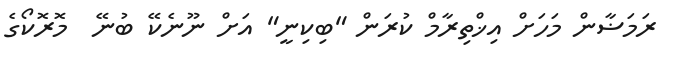
ރަމަޟާން މަހަށް އިޚްތިރާމް ކުރަން "ބިކިނީ" އަށް ނޫނެކޭ ބުނޭ  މޮރޮކޯގެ